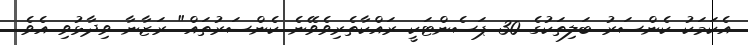
އެކަމަކު ކެންސަރު ބަލިތަކުގެ 30 ޕަސެންޓަކީ ރައްކާތެރިވެވޭނެ ކެންސަރުތައް" ރަޒާނާ ވިދާޅުވި އެވެ.